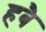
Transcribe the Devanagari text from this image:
हबै